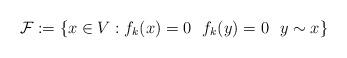
LaTeX: \begin{align*}\mathcal{F}:=\{x\in V: f_k(x)=0 \,\,\,\,f_k(y)=0\,\,\,\,y\sim x\}\end{align*}